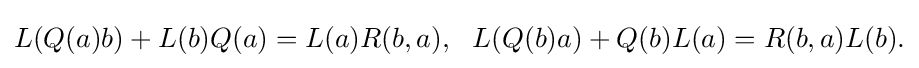
\displaystyle {L(Q(a)b)+L(b)Q(a)=L(a)R(b,a),\,\,\,\,L(Q(b)a)+Q(b)L(a)=R(b,a)L(b).}